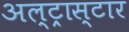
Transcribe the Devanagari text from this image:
अल्ट्रास्टार